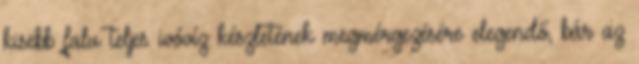
kisebb falu teljes ivóvíz készletének megmérgezésére elegendő, bár az